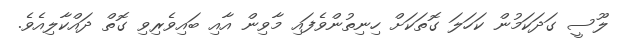
ލޫސީ ގަދަކަމުން ކަހަލަ ގޮތަކަށް ހިނިތުންވެފައި މާވިން އާއި ބައިވެރިވި ގޮތް ދައްކާލިއެވެ.